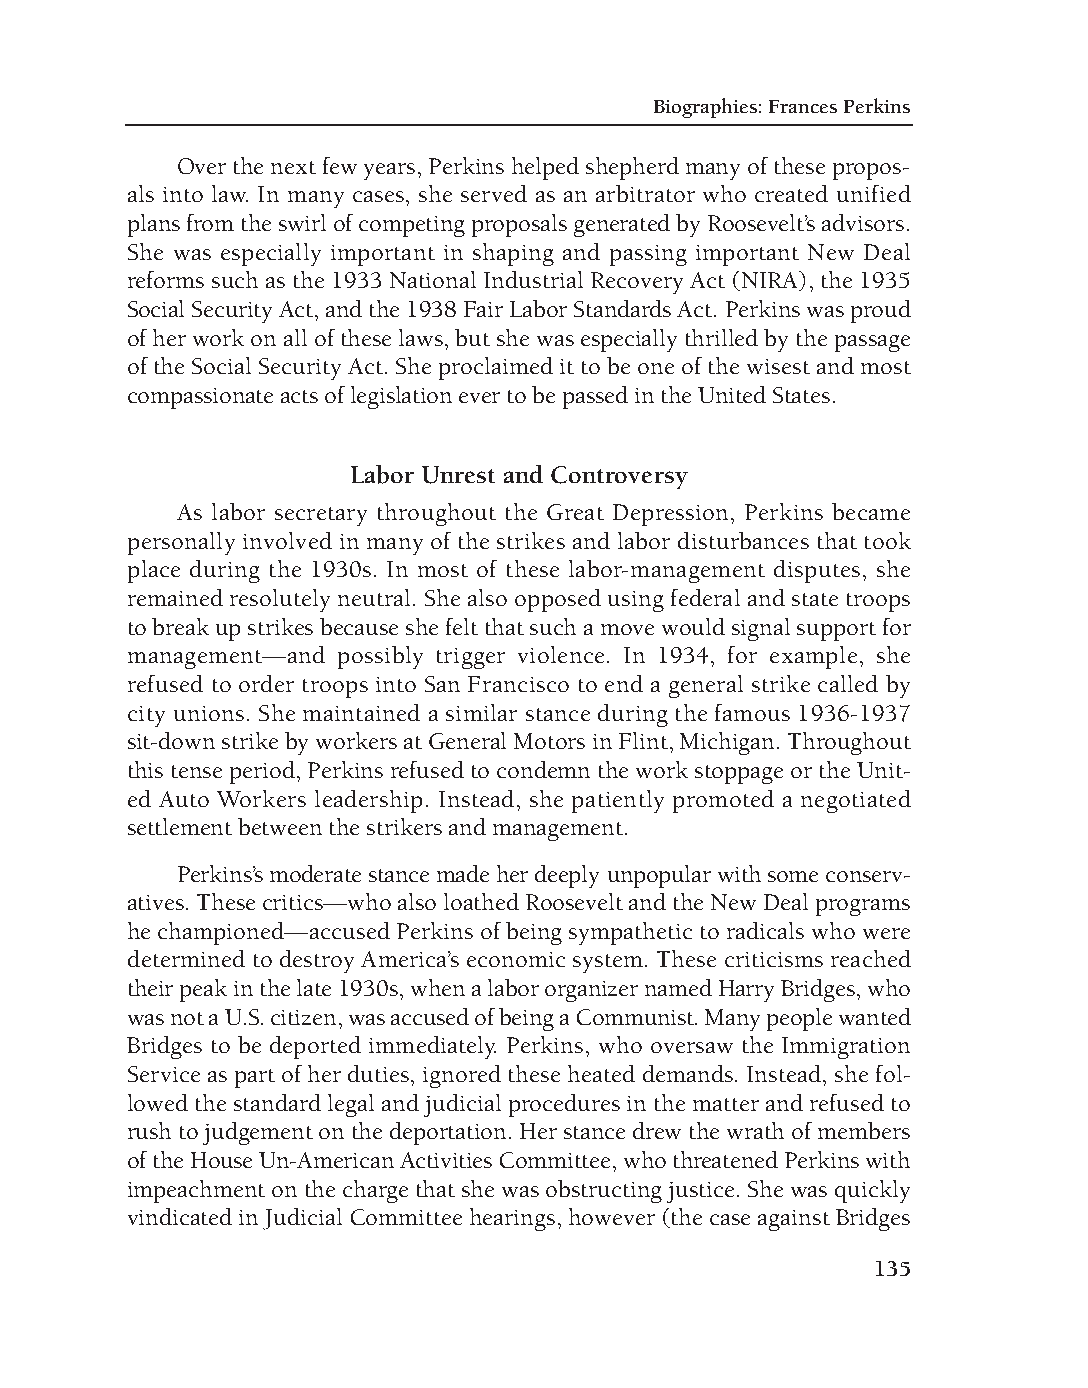
DM - Depression 9/19/08 3:56 PM Page 135
 Biographies: Frances Perkins
 Over the next few years, Perkins helped shepherd many of these propos-
 als into law. In many cases, she served as an arbitrator who created unified
 plans from the swirl of competing proposals generated by Roosevelt’s advisors.
 She was especially important in shaping and passing important New Deal
 reforms such as the 1933 National Industrial Recovery Act (NIRA), the 1935
 Social Security Act, and the 1938 Fair Labor Standards Act. Perkins was proud
 of her work on all of these laws, but she was especially thrilled by the passage
 of the Social Security Act. She proclaimed it to be one of the wisest and most
 compassionate acts of legislation ever to be passed in the United States.
 Labor Unrest and Controversy
 As labor secretary throughout the Great Depression, Perkins became
 personally involved in many of the strikes and labor disturbances that took
 place during the 1930s. In most of these labor-management disputes, she
 remained resolutely neutral. She also opposed using federal and state troops
 to break up strikes because she felt that such a move would signal support for
 management—and possibly trigger violence. In 1934, for example, she
 refused to order troops into San Francisco to end a general strike called by
 city unions. She maintained a similar stance during the famous 1936-1937
 sit-down strike by workers at General Motors in Flint, Michigan. Throughout
 this tense period, Perkins refused to condemn the work stoppage or the Unit-
 ed Auto Workers leadership. Instead, she patiently promoted a negotiated
 settlement between the strikers and management.
 Perkins’s moderate stance made her deeply unpopular with some conserv-
 atives. These critics—who also loathed Roosevelt and the New Deal programs
 he championed—accused Perkins of being sympathetic to radicals who were
 determined to destroy America’s economic system. These criticisms reached
 their peak in the late 1930s, when a labor organizer named Harry Bridges, who
 was not a U.S. citizen, was accused of being a Communist. Many people wanted
 Bridges to be deported immediately. Perkins, who oversaw the Immigration
 Service as part of her duties, ignored these heated demands. Instead, she fol-
 lowed the standard legal and judicial procedures in the matter and refused to
 rush to judgement on the deportation. Her stance drew the wrath of members
 of the House Un-American Activities Committee, who threatened Perkins with
 impeachment on the charge that she was obstructing justice. She was quickly
 vindicated in Judicial Committee hearings, however (the case against Bridges
 135